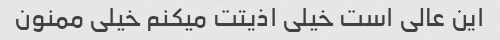
این عالی است خیلی اذیتت میکنم خیلی ممنون